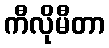
ကီလိုမီတာ